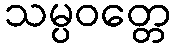
သမ္ပဝတ္တေ